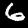
Label: 6